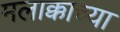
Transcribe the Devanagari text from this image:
मलाक्काच्या